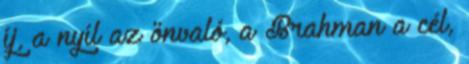
íj, a nyíl az önvaló, a Brahman a cél,